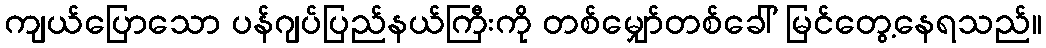
ကျယ်ပြောသော ပန်ဂျပ်ပြည်နယ်ကြီးကို တစ်မျှော်တစ်ခေါ် မြင်တွေ့နေရသည်။